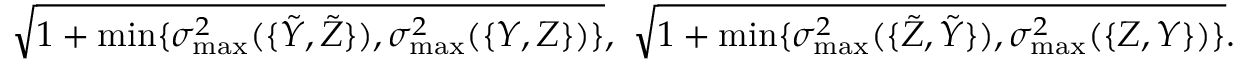
\sqrt { 1 + \operatorname* { m i n } \{ \sigma _ { \operatorname* { m a x } } ^ { 2 } ( \{ \tilde { Y } , \tilde { Z } \} ) , \sigma _ { \operatorname* { m a x } } ^ { 2 } ( \{ Y , Z \} ) \} } , \ \sqrt { 1 + \operatorname* { m i n } \{ \sigma _ { \operatorname* { m a x } } ^ { 2 } ( \{ \tilde { Z } , \tilde { Y } \} ) , \sigma _ { \operatorname* { m a x } } ^ { 2 } ( \{ Z , Y \} ) \} } .